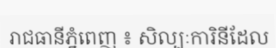
រាជធានីភ្នំពេញ ៖ សិល្បៈការិនីដែល